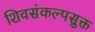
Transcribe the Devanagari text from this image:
शिवसंकल्पसुक्त